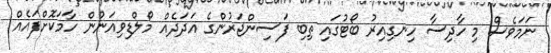
ނަމަވެސް މި ހާދިސާ ހިނގިއިރު ބޯޓުގައި ތިބި ފަަސިންޖަރުންގެ އަދަދެއް މޯލްޑިވިއަނުން ހާމަކޮށްފައެއް